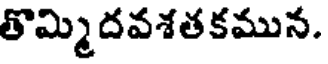
తొమ్మిదవశతకమున.